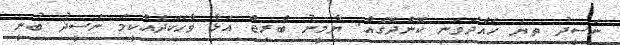
ނަސީދު ތިޔަ ހައްދަވަނީ ކޮންދޮގެއް. ޔާމީނު ބްރިޖް އަޅާ ވާހަކަދެއްކީމަ ނަސީދު ބުނީ